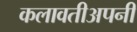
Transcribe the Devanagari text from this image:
कलावतीअपनी